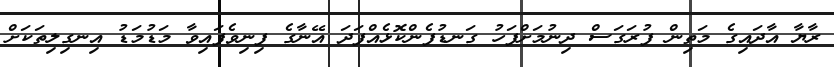
ރާޔާ އާދައިގެ މަތިން ފުރަގަސް ދިނުމަށްފަހު ގަނޑުފެންކޮޅެއްފަދަ އޭނާގެ ފިނިވެފައިވާ މަޑުމަޑު އިނގިލިތަކަށް